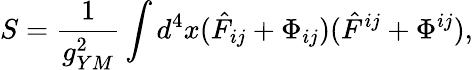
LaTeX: S=\frac{1}{g_{YM}^{2}}\int d^{4}x(\hat{F}_{ij}+\Phi_{ij})(\hat{F}^{ij}+\Phi^{ij}),